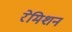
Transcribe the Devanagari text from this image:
रेमिशन